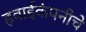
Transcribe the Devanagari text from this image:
हवाईकंपनीचे